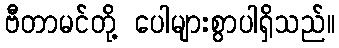
ဗီတာမင်တို့ ပေါများစွာပါရှိသည်။